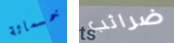
خمسمائة ضرائب